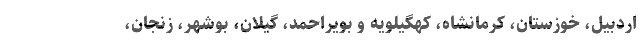
اردبیل، خوزستان، کرمانشاه، کهگیلویه و بویراحمد، گیلان، بوشهر، زنجان،